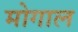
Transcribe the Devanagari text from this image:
मोगाल